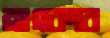
ব্রাংকার